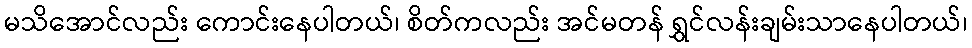
မသိအောင်လည်း ကောင်းနေပါတယ်၊ စိတ်ကလည်း အင်မတန် ရွှင်လန်းချမ်းသာနေပါတယ်၊